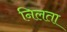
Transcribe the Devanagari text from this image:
निलता